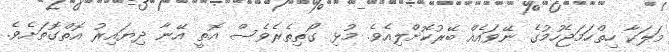
މަލަކާ ހިތްހަމަޖެހުމުގެ ނޭވައެއް ބޭރުކޮށްލިއެވެ. މުޅި ގޯތިތެރެވެސް އޮތީ އޭނާ ދިޔައިރު އޮތްގޮތަށެވެ.